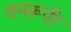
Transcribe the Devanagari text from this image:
वनरूपी